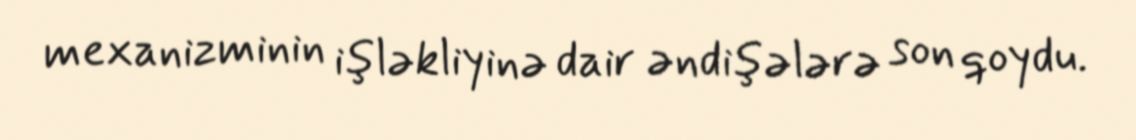
mexanizminin işləkliyinə dair əndişələrə son qoydu.